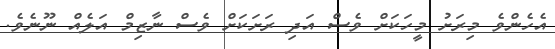
އެހެންވެ މިރަށު މީހަކަށް ވެސް އަދި ރަށަކަށް ވެސް ނާޒިމް އަލެއް ނޫނެވެ.